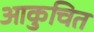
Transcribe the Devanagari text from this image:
आकुचित